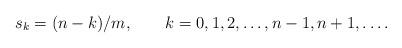
LaTeX: \begin{align*}s_k = (n-k)/m, \qquad k=0,1,2,\ldots,n-1,n+1, \dots.\end{align*}